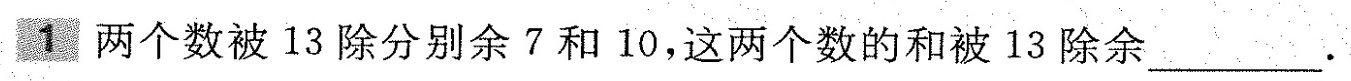
1 两个数被13除分别余7和10，这两个数的和被13除余___.